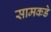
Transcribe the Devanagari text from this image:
सामकडे